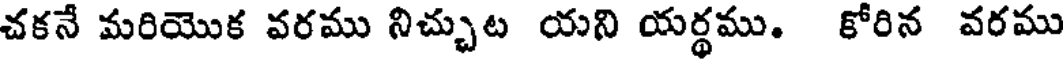
చకనే మరియొక వరము నిచ్చుట యని యర్థము. కోరిన వరము